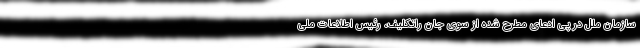
سازمان ملل در پی ادعای مطرح شده از سوی جان راتکلیف، رئیس اطلاعات ملی